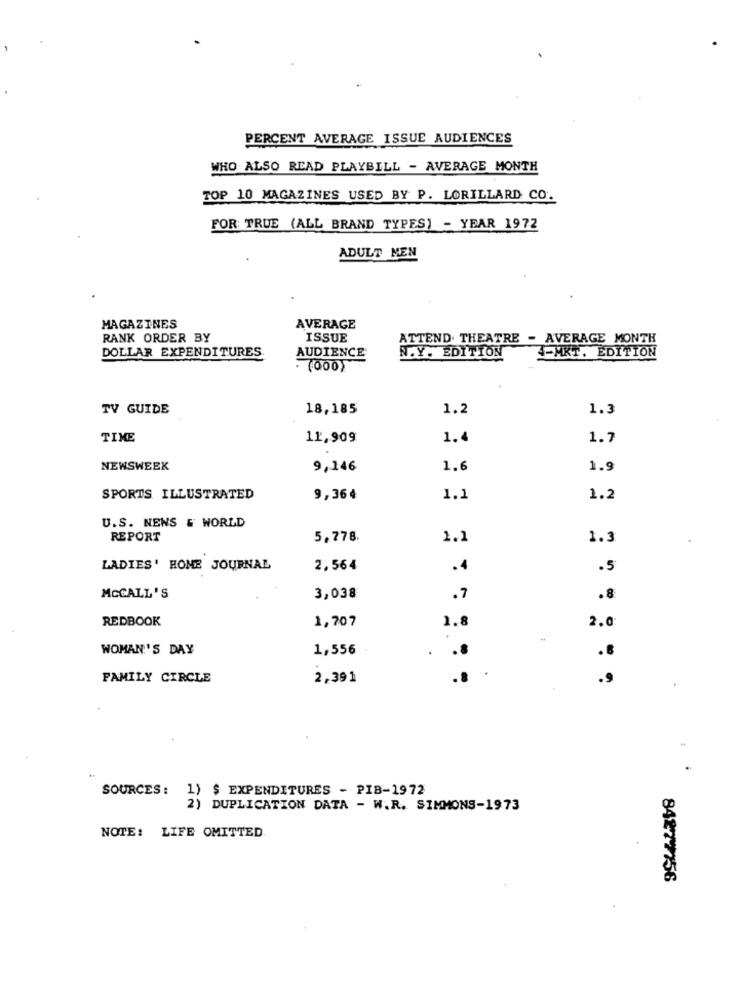
PERCENT AVERAGE ISSUE AUDIENCES
WHO ALSO READ PLAYBILL - AVERAGE MONTH
TOP 10 MAGAZINES USED BY P. LORILLARD CO.
FOR TRUE (ALL BRAND TYPES) - YEAR 1972
ADULT MEN
MAGAZINES
AVERAGE
RANK ORDER BY
ISSUE
ATTEND. THEATRE - AVERAGE MONTH
DOLLAR EXPENDITURES
N.Y. EDITION
3-MKT. EDITION
AUDIENCE
. (000)
TV GUIDE
18,185
1.2
1.3
TIME
11,909
1.4
1.7
NEWSWEEK
9,146
1.6
1.9
SPORTS ILLUSTRATED
9,364
1.1
1.2
U.S. NEWS & WORLD
REPORT
5,778
1.1
1.3
LADIES' HOME JOURNAL
2,564
.4
.5
MCCALL'S
3,038
.7
.8
REDBOOK
1,707
1.8
2.0
WOMAN'S DAY
1,556
.8
FAMILY CIRCLE
2,391
.9
SOURCES :
1) $ EXPENDITURES - PIB-1972
2) DUPLICATION DATA - W.R. SIMMONS-1973
NOTE: LIFE OMITTED
84877756